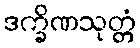
ဒက္ခိဏသုတ္တံ